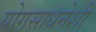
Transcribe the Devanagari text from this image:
योगसाधनेशी